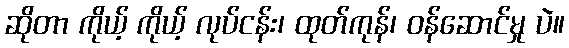
ဆိုတာ ကိုယ့် ကိုယ့် လုပ်ငန်း၊ ထုတ်ကုန်၊ ဝန်ဆောင်မှု ပဲ။